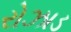
રોઝાડ